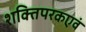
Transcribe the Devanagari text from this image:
शक्तिपरकएवं